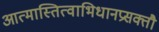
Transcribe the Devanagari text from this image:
आत्मास्तित्वाभिधानप्रसक्तौ